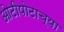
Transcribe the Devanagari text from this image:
ओटीपोटाच्या